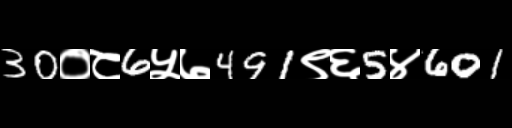
Text: 30०८6५७491९६5४601